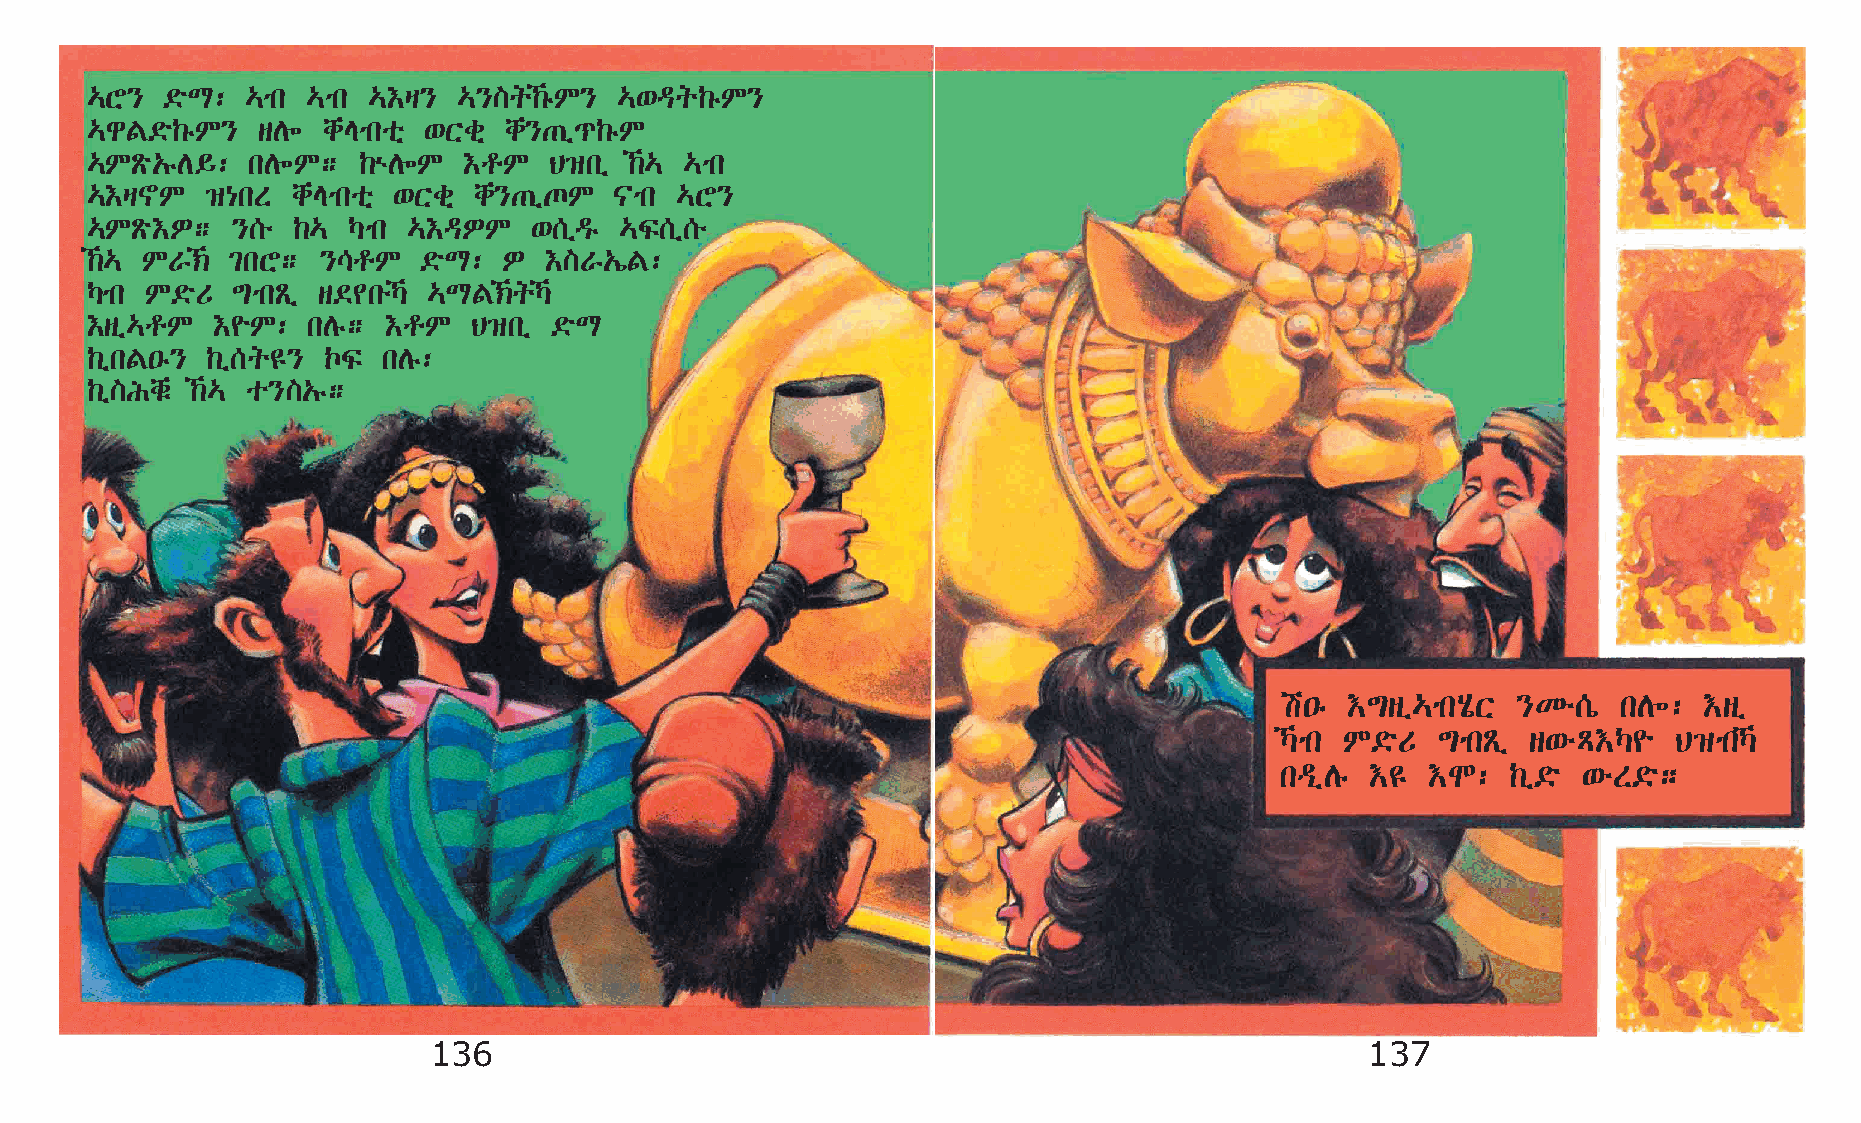
…Y}  ©öL: …mk …mk …†š}  …}]q‰êM}  …‘ªq‰êM}
 …gF©ö‰êM}  sD÷ chEmkoñ ‘Xcñ ch}·ï¹‰êM
 …MÃö„êD§: kD÷M;   ‰ùD÷M  †rM  B›kï  ‰… …mk
 …†š~M   ›{kS chEmkoñ ‘Xcñ ch}·ïºM  |mk …Y}
 …MÃö†È;  }[é ‰…  Šmk …†ªÈM   ‘[ïªê …Ï[ï[é
 ‰… MV‹ ²kY;  }\rM   ©öL: È  †]V„íF:
 Šmk M©öU ´mkÃï s©¢kéŠ …LF‹qŠ
 †sï…rM  †¨M:  kDê;  †rM  B›kï ©öL
 ‰ïkF•ê} ‰ï[q£} ŒÏ  kDê:
 ‰ï]Ichë ‰… o}]„ê;
 a•ê †´sï…mkAôX }Ké[ò  kD÷:  †sï
 Šmk M©öU ´mkÃï s‘éÄ†Š¨   B›mkŠ
 kªïDê †£  †N:  ‰ï©ö ‘éS©ö;
 136                                                           137